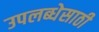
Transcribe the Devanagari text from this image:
उपलब्धेसाठी